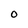
Character: 0